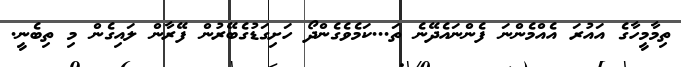
ތިމާމީހާގެ އައުރަ އެއްމެންނަ ފެންނައެދޭނެ ތަ...ކަމެވެގެންދޯ ހަށިގަޑުގެބޭރުން ފޭރާން ލައިގެން މި ތިބެނީ.